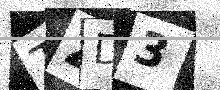
Text: TZD3